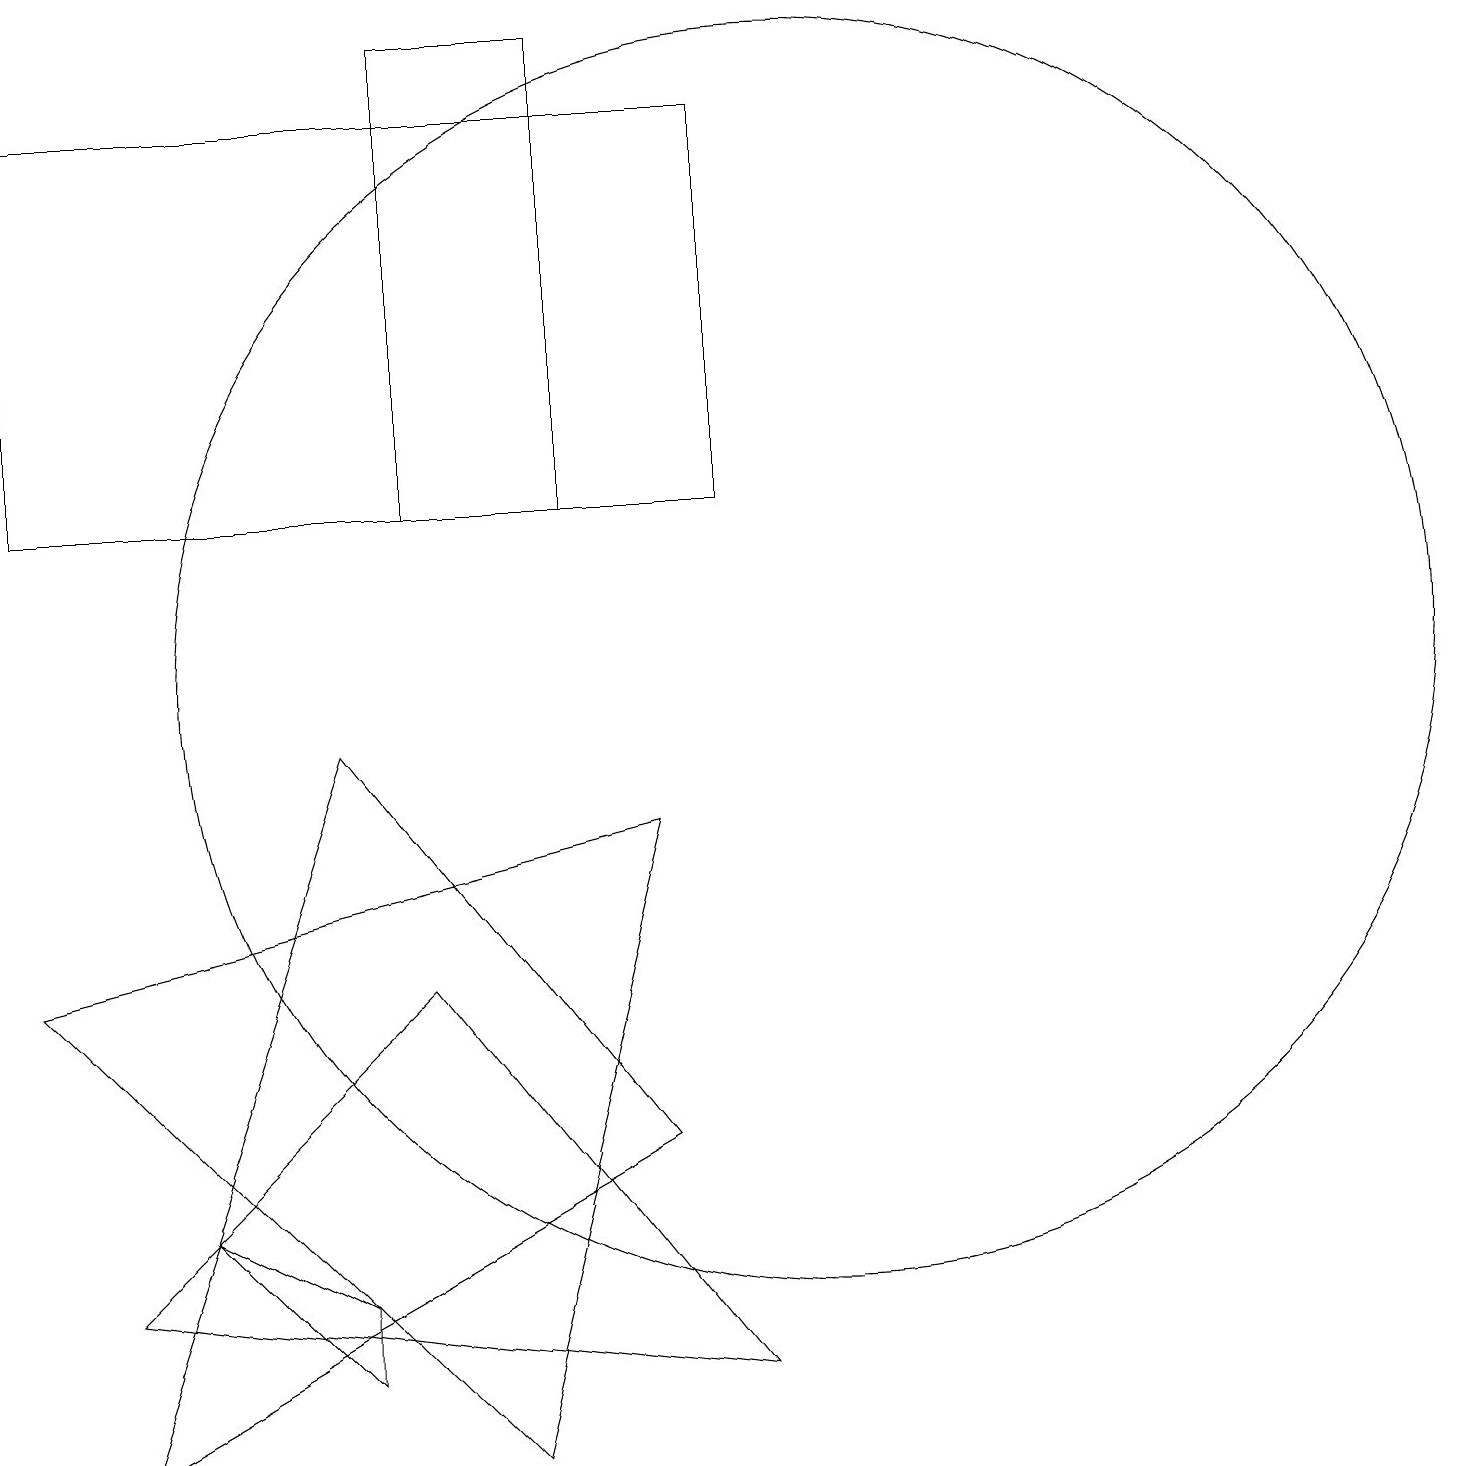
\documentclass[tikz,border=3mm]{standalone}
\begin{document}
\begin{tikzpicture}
\draw (2,3) -- (4,1) -- (4,2) -- cycle;
\draw (9,1) -- (5,6) -- (1,2) -- cycle;
\draw (1,0) -- (8,4) -- (4,9) -- cycle;
\draw (9,17) rectangle (0,12);
\draw (6,0) -- (8,8) -- (0,6) -- cycle;
\draw (7,12) rectangle (5,18);
\draw (10,10) circle (8);
\draw (11,10) circle (0);
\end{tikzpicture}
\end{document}